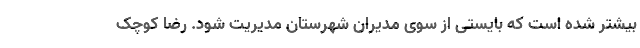
بیشتر شده است که بایستی از سوی مدیران شهرستان مدیریت شود. رضا کوچک